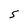
Character: 5